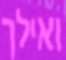
ואילך